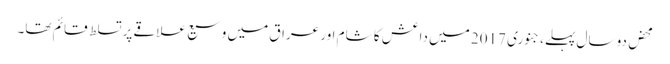
محض دو سال پہلے، جنوری 2017 میں داعش کا شام اور عراق میں وسیع علاقے پر تسلط قائم تھا۔